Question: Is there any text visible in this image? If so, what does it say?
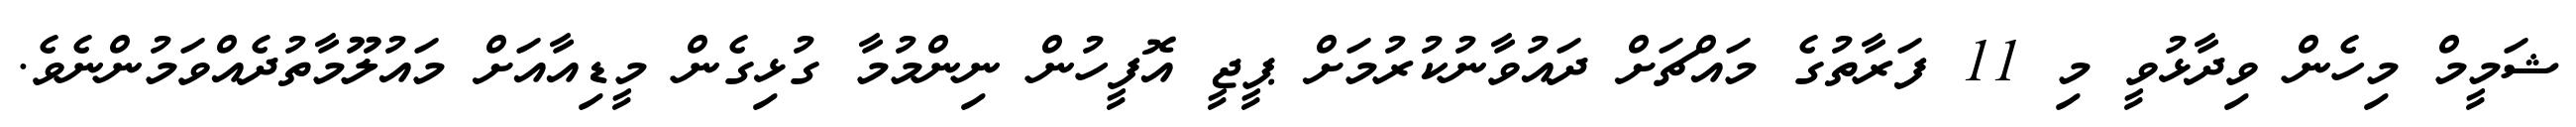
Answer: ޝަމީމް މިހެން ވިދާޅުވީ މި 11 ފަރާތުގެ މައްޗަށް ދައުވާނުކުރުމަށް ޕީޖީ އޮފީހުން ނިންމުމާ ގުޅިގެން މީޑިއާއަށް މައުލޫމާތުދެއްވަމުންނެވެ.